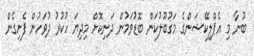
ބުނާ މި އެޕްލިކޭޝަންގެ މަގުބޫލުކަން ބޮޑުވަމުން ދަނިކޮށް މިދިޔަ ހުކުރު ދުވަހުން ފެށިގެން